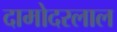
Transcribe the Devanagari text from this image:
दामोदरलाल